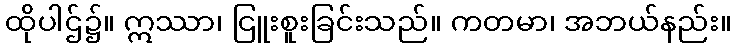
ထိုပါဌ်၌။ ဣဿာ၊ ငြူးစူးခြင်းသည်။ ကတမာ၊ အဘယ်နည်း။